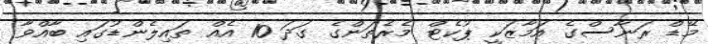
މޭޑް ރަނާސްގެ އަމާޒަކީ ޕުކެޓް މެރެތަންގެ ގަދަ 10 އެއް ތައިލެންޑުގައި ބާއްވާ